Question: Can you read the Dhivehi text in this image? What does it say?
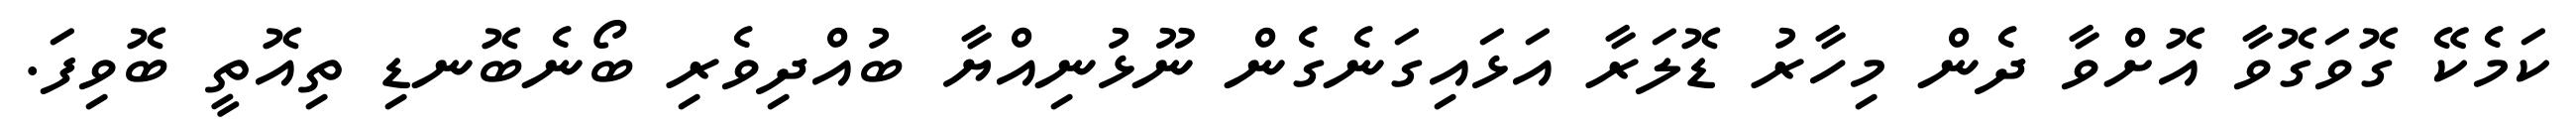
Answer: ކަމެކޭ ގޮވަގޮވާ އޮށްވާ ދެން މިހާރު ޑޮލަރާ އަޅައިގަނެގެން ނޫޅުނިއްޔާ ބުއްދިވެރި ބޯނެބޮނޑި ތިއޮތީ ބޮވިފަ.